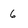
Character: 6